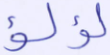
لؤلؤ